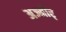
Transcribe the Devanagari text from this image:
अज्मीर्